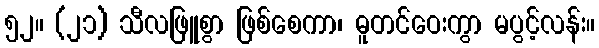
၅၂။ (၂၁) သီလဖြူစွာ ဖြစ်စေကာ၊ ဓူတင်ဝေးကွာ မပွင့်လန်း။